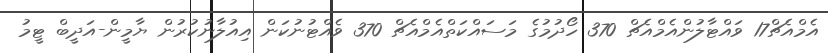
އެމްއެޗް17 ވައްޓާލުންއެމްއެޗް 370 ހޯދުމުގެ މަސައްކަތްއެމްއެޗް 370 ވެއްޓުނުކަން އިއުލާނުކުރުން ޔާމީން-އަދީބް ޓީމު